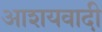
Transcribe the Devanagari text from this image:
आशयवादी